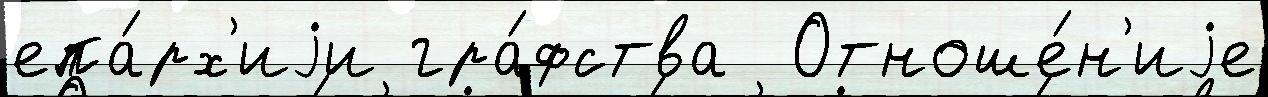
епа́рх'иjи гра́фства  Отноше́н'иjе